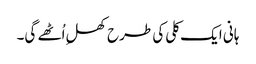
ہانی ایک کلی کی طرح کھلِ اُٹھے گی۔